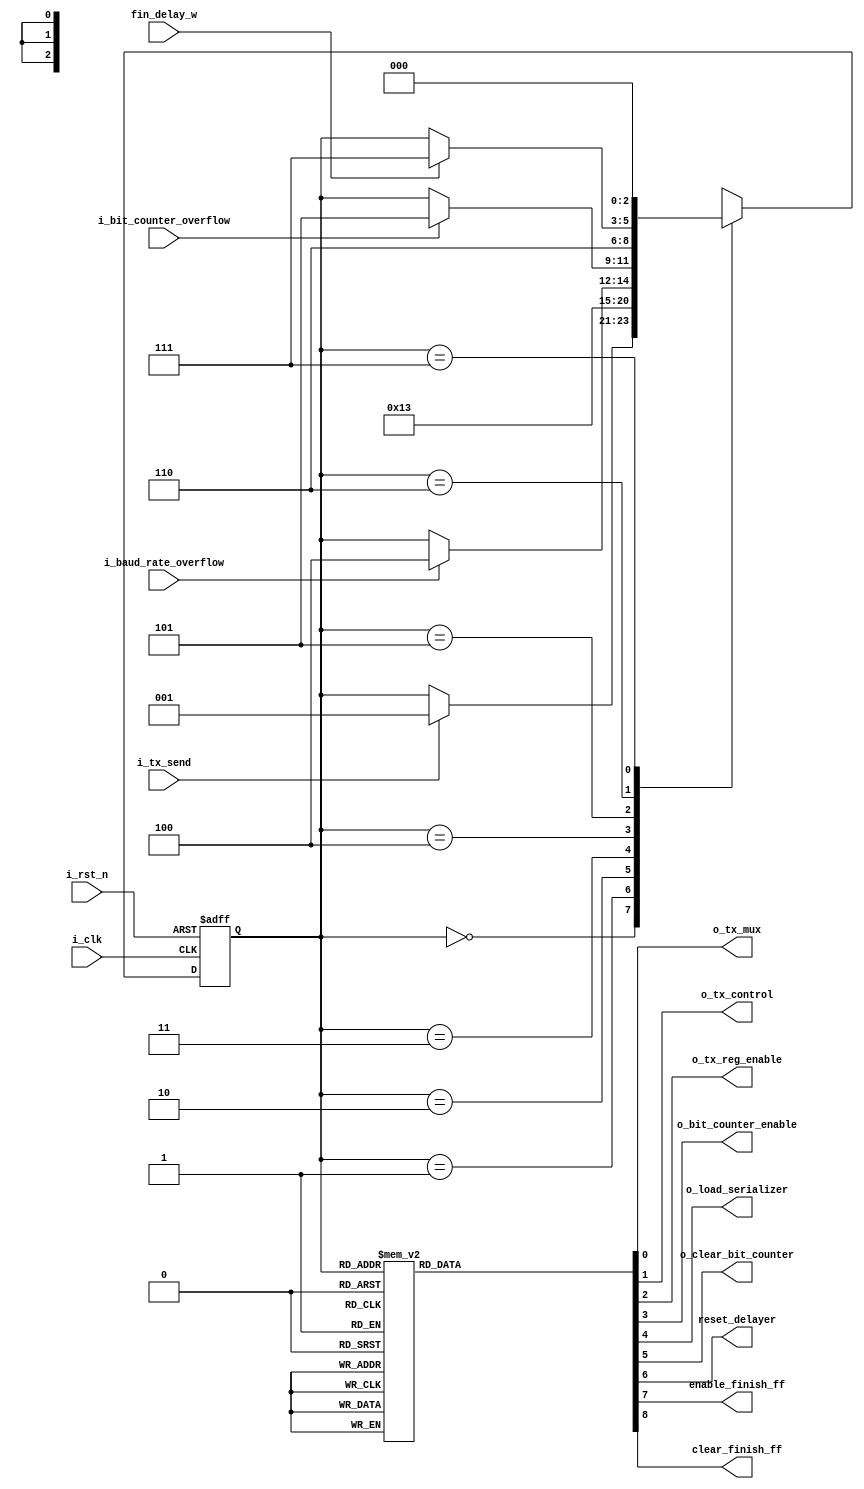
// Coder:           Eduardo Ethandrake Castillo, David Adrian Michel Torres
// Module name:	  uart_tx_fsm
// Project Name:	  risc_v_top
// Description:	  This is the state machine used for UART TX control

module uart_tx_fsm(
    //inputs
    input i_clk,
    input i_rst_n,
    input i_baud_rate_overflow,
    input i_tx_send,
    input i_bit_counter_overflow,
	 input fin_delay_w,
    //outputs
    output reg o_tx_mux,
    output reg o_tx_control,
    output reg o_tx_reg_enable,
    output reg o_bit_counter_enable,
    output reg o_load_serializer,
    output reg o_clear_bit_counter,
	 output reg reset_delayer,
	 output reg enable_finish_ff,
	 output reg clear_finish_ff
);

reg [2:0] current_state;

localparam [2:0]
IDLE               = 3'h0,
REGISTER_DATA      = 3'h1,
LOAD_SERIALIZER    = 3'h2,
START_TRANSMISSION = 3'h3,
TRANSMIT_DATA      = 3'h4,
STOP_TRANSMISSION  = 3'h5,
DELAY_TRANSMISSION = 3'h6,
CLEAR_FLAGS        = 3'h7;

reg[2:0] next_state/*synthesis keep*/;

//always dedicated to assign current state from next state
always@(posedge i_clk, negedge i_rst_n)
begin
    if(!i_rst_n)
    begin
        current_state <= IDLE;
    end
    else
    begin
        current_state <= next_state;
    end
end

//always dedicated to selecting the next state depending on current state and input flags
always @(*) begin 
	next_state = current_state;
	 case(current_state)
        IDLE:
        begin
            if(i_tx_send)
            begin
                next_state = REGISTER_DATA;
            end
        end
        REGISTER_DATA:
        begin
			next_state = LOAD_SERIALIZER;
        end
        LOAD_SERIALIZER:
        begin
            next_state = START_TRANSMISSION;
        end
        START_TRANSMISSION:
        begin
                if(i_baud_rate_overflow)
                begin
                    next_state = TRANSMIT_DATA;
                end			
		  end
        TRANSMIT_DATA:
        begin
            if(i_bit_counter_overflow)
            begin
                next_state = STOP_TRANSMISSION;
            end
        end
        STOP_TRANSMISSION:
        begin
            next_state = DELAY_TRANSMISSION;
        end
		  DELAY_TRANSMISSION:
		  begin
					if(fin_delay_w)
					begin
						next_state = CLEAR_FLAGS;
					end
		  end
		  CLEAR_FLAGS:
        begin
            next_state = IDLE;
        end
        default:
        begin
            next_state = IDLE;
        end
    endcase
end

//always dedicated to assigning the output flags
always @(current_state)begin
    case(current_state)
        IDLE:
        begin
            o_tx_mux <= 1'b0; 
            o_tx_control <= 1'b1; 
            o_tx_reg_enable <= 1'b0; 
            o_bit_counter_enable <= 1'b0; 
            o_load_serializer <= 1'b0;
            o_clear_bit_counter <= 1'b1;
				reset_delayer <= 1'b0;
				enable_finish_ff <= 1'b1;
				clear_finish_ff <= 1'b0;
        end
        REGISTER_DATA:
        begin
            o_tx_mux <= 1'b0; 
            o_tx_control <= 1'b1; 
            o_tx_reg_enable <= 1'b1; 
            o_bit_counter_enable <= 1'b0; 
            o_load_serializer <= 1'b0;
            o_clear_bit_counter <= 1'b0;
				reset_delayer <= 1'b0;
				enable_finish_ff <= 1'b0;
				clear_finish_ff <= 1'b1;
        end
        LOAD_SERIALIZER:
        begin
            o_tx_mux <= 1'b0; 
            o_tx_control <= 1'b1; 
            o_tx_reg_enable <= 1'b0; 
            o_bit_counter_enable <= 1'b0; 
            o_load_serializer <= 1'b1;
            o_clear_bit_counter <= 1'b0;
				reset_delayer <= 1'b0;
				enable_finish_ff <= 1'b0;
				clear_finish_ff <= 1'b0;
        end
        START_TRANSMISSION:
        begin
            o_tx_mux <= 1'b0; 
            o_tx_control <= 1'b0; 
            o_tx_reg_enable <= 1'b0; 
            o_bit_counter_enable <= 1'b1; 
            o_load_serializer <= 1'b0;
            o_clear_bit_counter <= 1'b0;
				reset_delayer <= 1'b0;
				enable_finish_ff <= 1'b0;
				clear_finish_ff <= 1'b0;
        end
        TRANSMIT_DATA:
        begin
            o_tx_mux <= 1'b1;
            o_tx_control <= 1'b0; 
            o_tx_reg_enable <= 1'b0; 
            o_bit_counter_enable <= 1'b1; 
            o_load_serializer <= 1'b0;
            o_clear_bit_counter <= 1'b0;
				reset_delayer <= 1'b0;
				enable_finish_ff <= 1'b0;
				clear_finish_ff <= 1'b0;
        end
        STOP_TRANSMISSION:
        begin
            o_tx_mux <= 1'b0;
            o_tx_control <= 1'b1;
            o_tx_reg_enable <= 1'b0;
            o_bit_counter_enable <= 1'b0;
            o_load_serializer <= 1'b0;
            o_clear_bit_counter <= 1'b0;
				reset_delayer <= 1'b1;
				enable_finish_ff <= 1'b0;
				clear_finish_ff <= 1'b0;
        end
		  DELAY_TRANSMISSION:
        begin
            o_tx_mux <= 1'b0;
            o_tx_control <= 1'b1;
            o_tx_reg_enable <= 1'b0;
            o_bit_counter_enable <= 1'b0;
            o_load_serializer <= 1'b0;
            o_clear_bit_counter <= 1'b0;
				reset_delayer <= 1'b0;
				enable_finish_ff <= 1'b0;
				clear_finish_ff <= 1'b0;
        end
		  CLEAR_FLAGS:
        begin
            o_tx_mux <= 1'b0;
            o_tx_control <= 1'b1;
            o_tx_reg_enable <= 1'b0;
            o_bit_counter_enable <= 1'b0;
            o_load_serializer <= 1'b0;
            o_clear_bit_counter <= 1'b0;
				reset_delayer <= 1'b0;
				enable_finish_ff <= 1'b0;
				clear_finish_ff <= 1'b0;
        end
        default:
        begin
            o_tx_mux <= 1'b0; 
            o_tx_control <= 1'b1; 
            o_tx_reg_enable <= 1'b0; 
            o_bit_counter_enable <= 1'b0; 
            o_load_serializer <= 1'b0;
            o_clear_bit_counter <= 1'b1;
				reset_delayer <= 1'b0;
				enable_finish_ff <= 1'b0;
				clear_finish_ff <= 1'b0;
        end
    endcase
end

endmodule